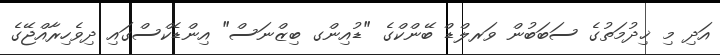
އަދި މި ޚިދުމަތުގެ ސަބަބުން ވަރލްޑް ބޭންކްގެ "ޑުއިންގ ބިޒްނަސް" އިންޑެކްސްގައި ދިވެހިރާއްޖޭގެ